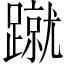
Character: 蹴